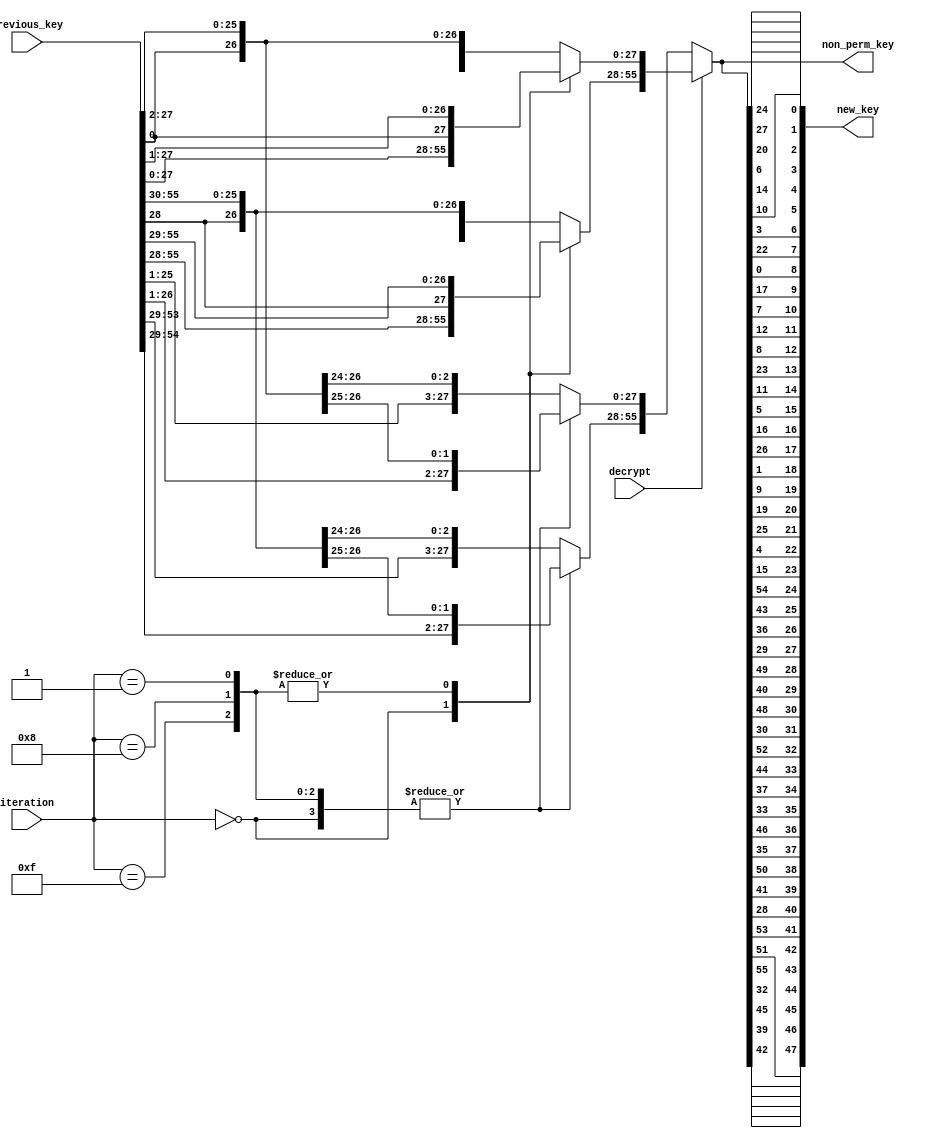
//////////////////////////////////////////////////////////////////////
////                                                              ////
////  Key generator                                               ////
////                                                              ////
////  This file is part of the SystemC DES                        ////
////                                                              ////
////  Description:                                                ////
////  Generate the next key from the previous one                 ////
////                                                              ////
////  Generated automatically using SystemC to Verilog translator ////
////                                                              ////
////  To Do:                                                      ////
////   - done                                                     ////
////                                                              ////
////  Author(s):                                                  ////
////      - Javier Castillo, jcastilo@opencores.org               ////
////                                                              ////
//////////////////////////////////////////////////////////////////////
////                                                              ////
//// Copyright (C) 2000 Authors and OPENCORES.ORG                 ////
////                                                              ////
//// This source file may be used and distributed without         ////
//// restriction provided that this copyright statement is not    ////
//// removed from the file and that any derivative work contains  ////
//// the original copyright notice and the associated disclaimer. ////
////                                                              ////
//// This source file is free software; you can redistribute it   ////
//// and/or modify it under the terms of the GNU Lesser General   ////
//// Public License as published by the Free Software Foundation; ////
//// either version 2.1 of the License, or (at your option) any   ////
//// later version.                                               ////
////                                                              ////
//// This source is distributed in the hope that it will be       ////
//// useful, but WITHOUT ANY WARRANTY; without even the implied   ////
//// warranty of MERCHANTABILITY or FITNESS FOR A PARTICULAR      ////
//// PURPOSE.  See the GNU Lesser General Public License for more ////
//// details.                                                     ////
////                                                              ////
//// You should have received a copy of the GNU Lesser General    ////
//// Public License along with this source; if not, download it   ////
//// from http://www.opencores.org/lgpl.shtml                     ////
////                                                              ////
//////////////////////////////////////////////////////////////////////
//
// CVS Revision History
//
// $Log: not supported by cvs2svn $
// Revision 1.1.1.1  2004/07/05 17:31:17  jcastillo
// First import
//


module key_gen(previous_key,iteration,decrypt,non_perm_key,new_key);

input [55:0] previous_key;
input [3:0] iteration;
input decrypt;
output [55:0] non_perm_key;
output [47:0] new_key;

reg [55:0] non_perm_key;
reg [47:0] new_key;


reg  prev0,prev1;
reg[55:0]  prev_key_var,non_perm_key_var;
reg[47:0]  new_key_var;
reg[27:0]  semi_key;


always @(  previous_key or   iteration or   decrypt)

begin

  prev_key_var=previous_key;
  new_key_var=0;
  new_key = (0);
  non_perm_key_var=0;
  non_perm_key = (0);
	
  if(!decrypt)
    begin

      case(iteration)

        0, 1, 8, 15:
        begin
          semi_key=prev_key_var[55:28];
          prev0=semi_key[27];
          semi_key=semi_key<<1;
          semi_key[0]=prev0;
          non_perm_key_var[55:28]=semi_key;
          semi_key=prev_key_var[27:0];
          prev0=semi_key[27];
          semi_key=semi_key<<1;
          semi_key[0]=prev0;
          non_perm_key_var[27:0]=semi_key;
        end
		
        default:    
        begin
          semi_key=prev_key_var[55:28];
          prev0=semi_key[27];
          prev1=semi_key[26];
          semi_key=semi_key<<2;
          semi_key[1]=prev0;
          semi_key[0]=prev1;
          non_perm_key_var[55:28]=semi_key;
          semi_key=prev_key_var[27:0];
          prev0=semi_key[27];
          prev1=semi_key[26];
          semi_key=semi_key<<2;
          semi_key[1]=prev0;
          semi_key[0]=prev1;
          non_perm_key_var[27:0]=semi_key;
        end
      
      endcase
	end
  else
  begin
   
    case(iteration)

      0:
      begin
        semi_key=prev_key_var[55:28];
        non_perm_key_var[55:28]=semi_key;
        semi_key=prev_key_var[27:0];
        non_perm_key_var[27:0]=semi_key;
      end
	  
      1, 8, 15:
      begin
        semi_key=prev_key_var[55:28];
        prev0=semi_key[0];
        semi_key=semi_key>>1;
        semi_key[27]=prev0;
        non_perm_key_var[55:28]=semi_key;
        semi_key=prev_key_var[27:0];
        prev0=semi_key[0];
        semi_key=semi_key>>1;
        semi_key[27]=prev0;
        non_perm_key_var[27:0]=semi_key;
      end
		
      default:    
      begin
        semi_key=prev_key_var[55:28];
        prev0=semi_key[0];
        prev1=semi_key[1];
        semi_key=semi_key>>2;
        semi_key[26]=prev0;
        semi_key[27]=prev1;
        non_perm_key_var[55:28]=semi_key;
        semi_key=prev_key_var[27:0];
        prev0=semi_key[0];
        prev1=semi_key[1];
        semi_key=semi_key>>2;
        semi_key[26]=prev0;
        semi_key[27]=prev1;
        non_perm_key_var[27:0]=semi_key;
      end
	 
   endcase
   
end

   
non_perm_key = (non_perm_key_var);
      

new_key_var[47]=non_perm_key_var[42]; new_key_var[46]=non_perm_key_var[39]; new_key_var[45]=non_perm_key_var[45]; new_key_var[44]=non_perm_key_var[32];
new_key_var[43]=non_perm_key_var[55]; new_key_var[42]=non_perm_key_var[51]; new_key_var[41]=non_perm_key_var[53]; new_key_var[40]=non_perm_key_var[28];
	
new_key_var[39]=non_perm_key_var[41]; new_key_var[38]=non_perm_key_var[50]; new_key_var[37]=non_perm_key_var[35]; new_key_var[36]=non_perm_key_var[46];
new_key_var[35]=non_perm_key_var[33]; new_key_var[34]=non_perm_key_var[37]; new_key_var[33]=non_perm_key_var[44]; new_key_var[32]=non_perm_key_var[52];
  
new_key_var[31]=non_perm_key_var[30]; new_key_var[30]=non_perm_key_var[48]; new_key_var[29]=non_perm_key_var[40]; new_key_var[28]=non_perm_key_var[49];
new_key_var[27]=non_perm_key_var[29]; new_key_var[26]=non_perm_key_var[36]; new_key_var[25]=non_perm_key_var[43]; new_key_var[24]=non_perm_key_var[54];

new_key_var[23]=non_perm_key_var[15]; new_key_var[22]=non_perm_key_var[4]; new_key_var[21]=non_perm_key_var[25]; new_key_var[20]=non_perm_key_var[19];
new_key_var[19]=non_perm_key_var[9]; new_key_var[18]=non_perm_key_var[1]; new_key_var[17]=non_perm_key_var[26]; new_key_var[16]=non_perm_key_var[16]; 

new_key_var[15]=non_perm_key_var[5]; new_key_var[14]=non_perm_key_var[11]; new_key_var[13]=non_perm_key_var[23]; new_key_var[12]=non_perm_key_var[8]; 
new_key_var[11]=non_perm_key_var[12]; new_key_var[10]=non_perm_key_var[7]; new_key_var[9]=non_perm_key_var[17]; new_key_var[8]=non_perm_key_var[0]; 
	
new_key_var[7]=non_perm_key_var[22]; new_key_var[6]=non_perm_key_var[3]; new_key_var[5]=non_perm_key_var[10]; new_key_var[4]=non_perm_key_var[14]; 
new_key_var[3]=non_perm_key_var[6]; new_key_var[2]=non_perm_key_var[20]; new_key_var[1]=non_perm_key_var[27]; new_key_var[0]=non_perm_key_var[24]; 

new_key = (new_key_var);
   

end

endmodule